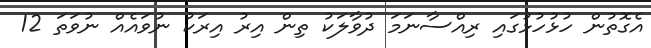
އެގޮތުން ހުޅުހުޅުގައި ރިއްސާނަމަ ދުވާލަަކު ތިން އިރު އިރަކު ނުވައެއް ނުވަތަ 12